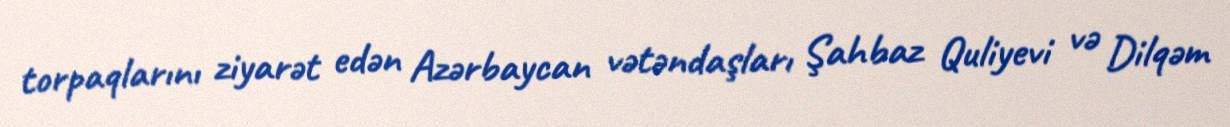
torpaqlarını ziyarət edən Azərbaycan vətəndaşları Şahbaz Quliyevi və Dilqəm